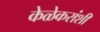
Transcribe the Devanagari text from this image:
केळेकरांशी